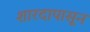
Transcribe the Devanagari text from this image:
शारदापासून